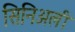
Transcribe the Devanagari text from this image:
सिनिअली